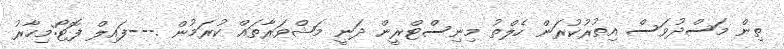
ތިން މަސްދުވަސް އިތުރުކުރަން ހެލްތު މިނިސްޓްރީން ދަނީ މަޝްވަރާތައް ކުރަމުން .---ފައިލް ފޮޓޯ:މިހާރު